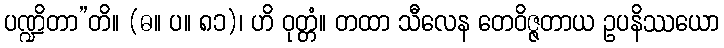
ပဏ္ဍိတာ”တိ။ (ဓ။ ပ။ ၈၁)၊ ဟိ ဝုတ္တံ။ တထာ သီလေန တေဝိဇ္ဇတာယ ဥပနိဿယော